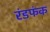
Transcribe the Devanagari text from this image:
रंडफंक